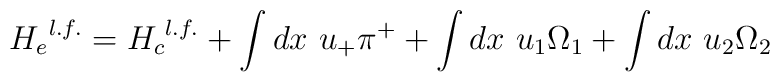
{H_e}^{l.f.} = {H_c}^{l.f.} + \int dx~u_{+}\pi^{+}+\int dx~u_{1}\Omega_1 +\int dx~u_{2}\Omega_{2}